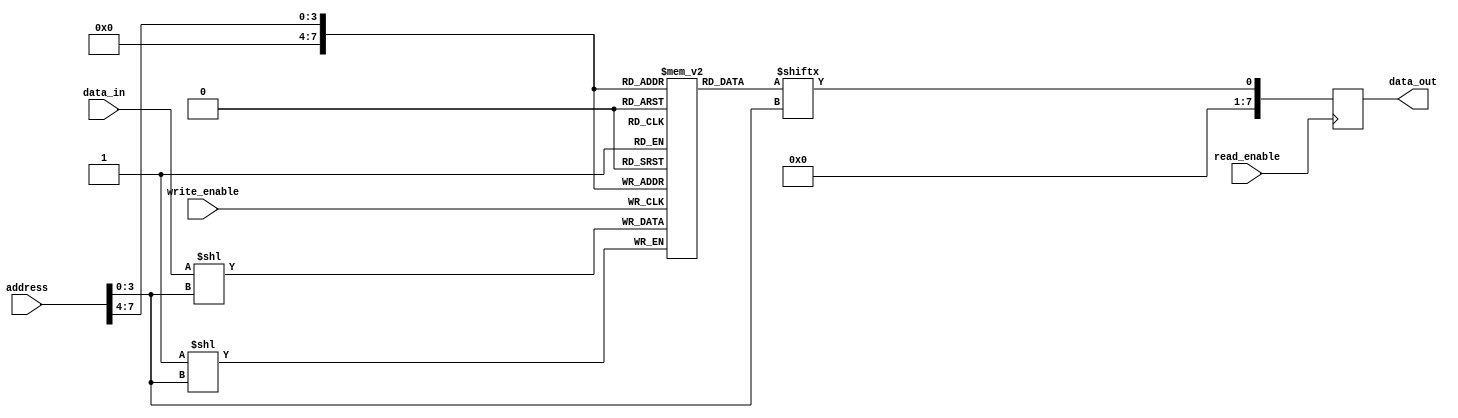
module MemoryBlocks (
  input wire [7:0] address,
  input wire write_enable,
  input wire read_enable,
  input wire [7:0] data_in,
  output reg [7:0] data_out
);

reg [7:0] memory_array [0:255];

// Column Decoder
reg [7:0] selected_column;
always @* begin
  selected_column = address[3:0];
end

// Row Decoder
reg [7:0] selected_row;
always @* begin
  selected_row = address[7:4];
end

// Write Control Logic
always @(posedge write_enable) begin
  memory_array[selected_row][selected_column] <= data_in;
end

// Read Control Logic
always @(posedge read_enable) begin
  data_out <= memory_array[selected_row][selected_column];
end

endmodule